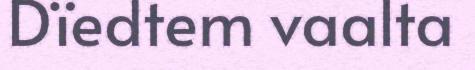
Dïedtem vaalta